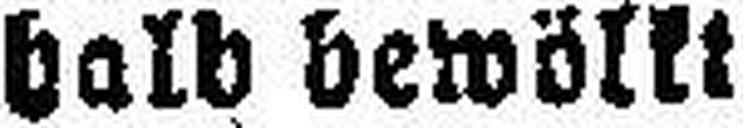
halb bewölkt